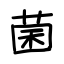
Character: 菌